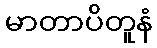
မာတာပိတူနံ